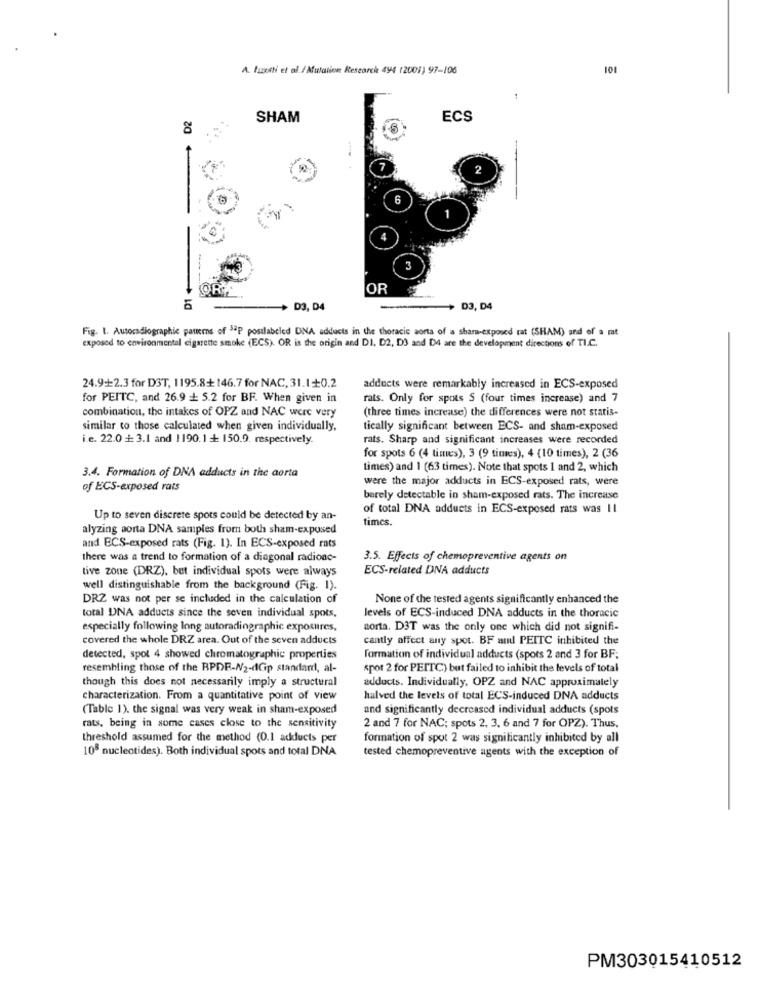
A. Izzati et al. / Mutation Research 494 (2001) 97-106
101
D2
SHAM
ECS
6
OR
D3, D4
+ D3, D4
Fig. I. Autoradiographie pauers of 32P postlabeled DNA adducts in the thoracic aorta of a sham-exposed rat (SHAM) and of a rat
exposed to environmental cigarette smoke (ECS). OR is the origin and DI, D2, D3 and D4 are the development directions of TI.C.
24.9+2.3 for DST, 1195.8+ 146.7 for NAC, 31.1+0.2
adducts were remarkably increased in ECS-exposed
for PEITC, and 26.9 + 5.2 for BF. When given in
rats. Only for spots 5 (four times increase) and 7
combination, the intakes of OPZ and NAC were very
(three times increase) the differences were not statis-
similar to those calculated when given individually,
tically significant between ECS- and sham-exposed
i.e. 22.0 + 3.1 and 1190.1 + 150.9. respectively.
rats. Sharp and significant increases were recorded
for spots 6 (4 times), 3 (9 times), 4 (10 times), 2 (36
times) and 1 (63 times). Note that spots 1 and 2, which
3.4. Formation of DNA adducts in the aorta
were the major adducts in ECS-exposed rats, were
of ECS-exposed rats
barely detectable in sham-exposed rats. The increase
of total DNA adducts in ECS-exposed rats was Il
Up to seven discrete spots could be detected by an-
times.
alyzing aorta DNA samples from both sham-exposed
and ECS-exposed rats (Fig. 1). In ECS-exposed rats
there was a trend to formation of a diagonal radionc-
3.5. Effects of chemopreventive agents on
tive zone (DRZ), but individual spots were always
ECS-related DNA adducts
well distinguishable from the background (Fig. 1).
DRZ was not per se included in the calculation of
None of the tested agents significantly enhanced the
total DNA adducts since the seven individual spots,
levels of ECS-induced DNA adducts in the thoracic
especially following long autoradiographic exposures,
aorta. D3T was the only one which did not signifi-
covered the whole DRZ area. Out of the seven adducts
cantly affect any spot. BF and PEITC inhibited the
detected, spot 4 showed chromatographie properties
formation of individual adducts (spots 2 and 3 for BF;
resembling those of the BPDE-N2-dGp standard, al-
spot 2 for PEITC) but failed to inhibit the levels of total
though this does not necessarily imply a structural
adducts. Individually, OPZ and NAC approximately
characterization. From a quantitative point of view
halved the levels of total ECS-induced DNA adducts
(Table 1). the signal was very weak in sham-exposed
and significantly decreased individual adducts (spots
rats, being in some cases close to the sensitivity
2 and 7 for NAC; spots 2. 3. 6 and 7 for OPZ). Thus,
threshold assumed for the method (0.1 adducts per
formation of spot 2 was significantly inhibited by all
108 nucleotides). Both individual spots and total DNA
tested chemopreventive agents with the exception of
PM303015410512